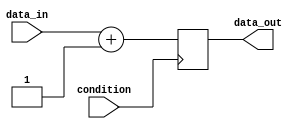
module if_else_example(
    input wire condition,
    input wire data_in,
    output reg data_out
);

always @(posedge condition) begin
    if (condition) begin
        // Execute when condition is true
        data_out <= data_in + 1;
    end
    else begin
        // Execute when condition is false
        data_out <= data_in - 1;
    end
end

endmodule